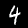
Label: 4